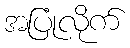
အပြုံလိုက်